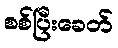
စစ်ပြီးခေတ်